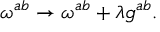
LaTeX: \omega ^ { a b } \rightarrow \omega ^ { a b } + \lambda g ^ { a b } .